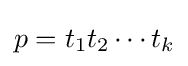
p=t_{1}t_{2}\cdots t_{k}